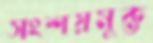
সংশয়মুক্ত